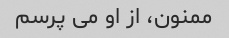
ممنون، از او می پرسم